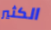
الكثير